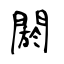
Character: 閼